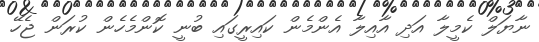
ނާޔަލް ކެމީލާ އަދި އާއިލާ އެންމެން ކައިރީގައި ބުނީ ކޮންމެހެން ކުރަން ޖެހޭ